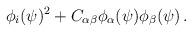
LaTeX: \begin{align*}\phi_i(\psi)^2 + C_{\alpha \beta} \phi_\alpha (\psi) \phi_\beta(\psi) \,.\end{align*}